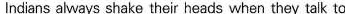
Indians always shake their heads when they talk to